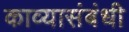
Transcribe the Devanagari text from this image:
काव्यासंबंधी